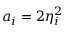
a _ { i } = 2 \eta _ { i } ^ { 2 }